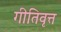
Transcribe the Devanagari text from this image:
गीतिवृत्त